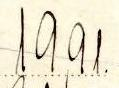
19,91